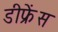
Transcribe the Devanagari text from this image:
डीफ्रेंस